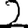
Digit: 2